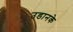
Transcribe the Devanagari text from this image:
उडानके